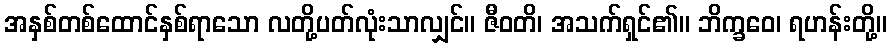
အနှစ်တစ်ထောင်နှစ်ရာသော လတို့ပတ်လုံးသာလျှင်။ ဇီဝတိ၊ အသက်ရှင်၏။ ဘိက္ခဝေ၊ ရဟန်းတို့။